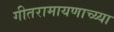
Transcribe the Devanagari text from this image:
गीतरामायणाच्य्या